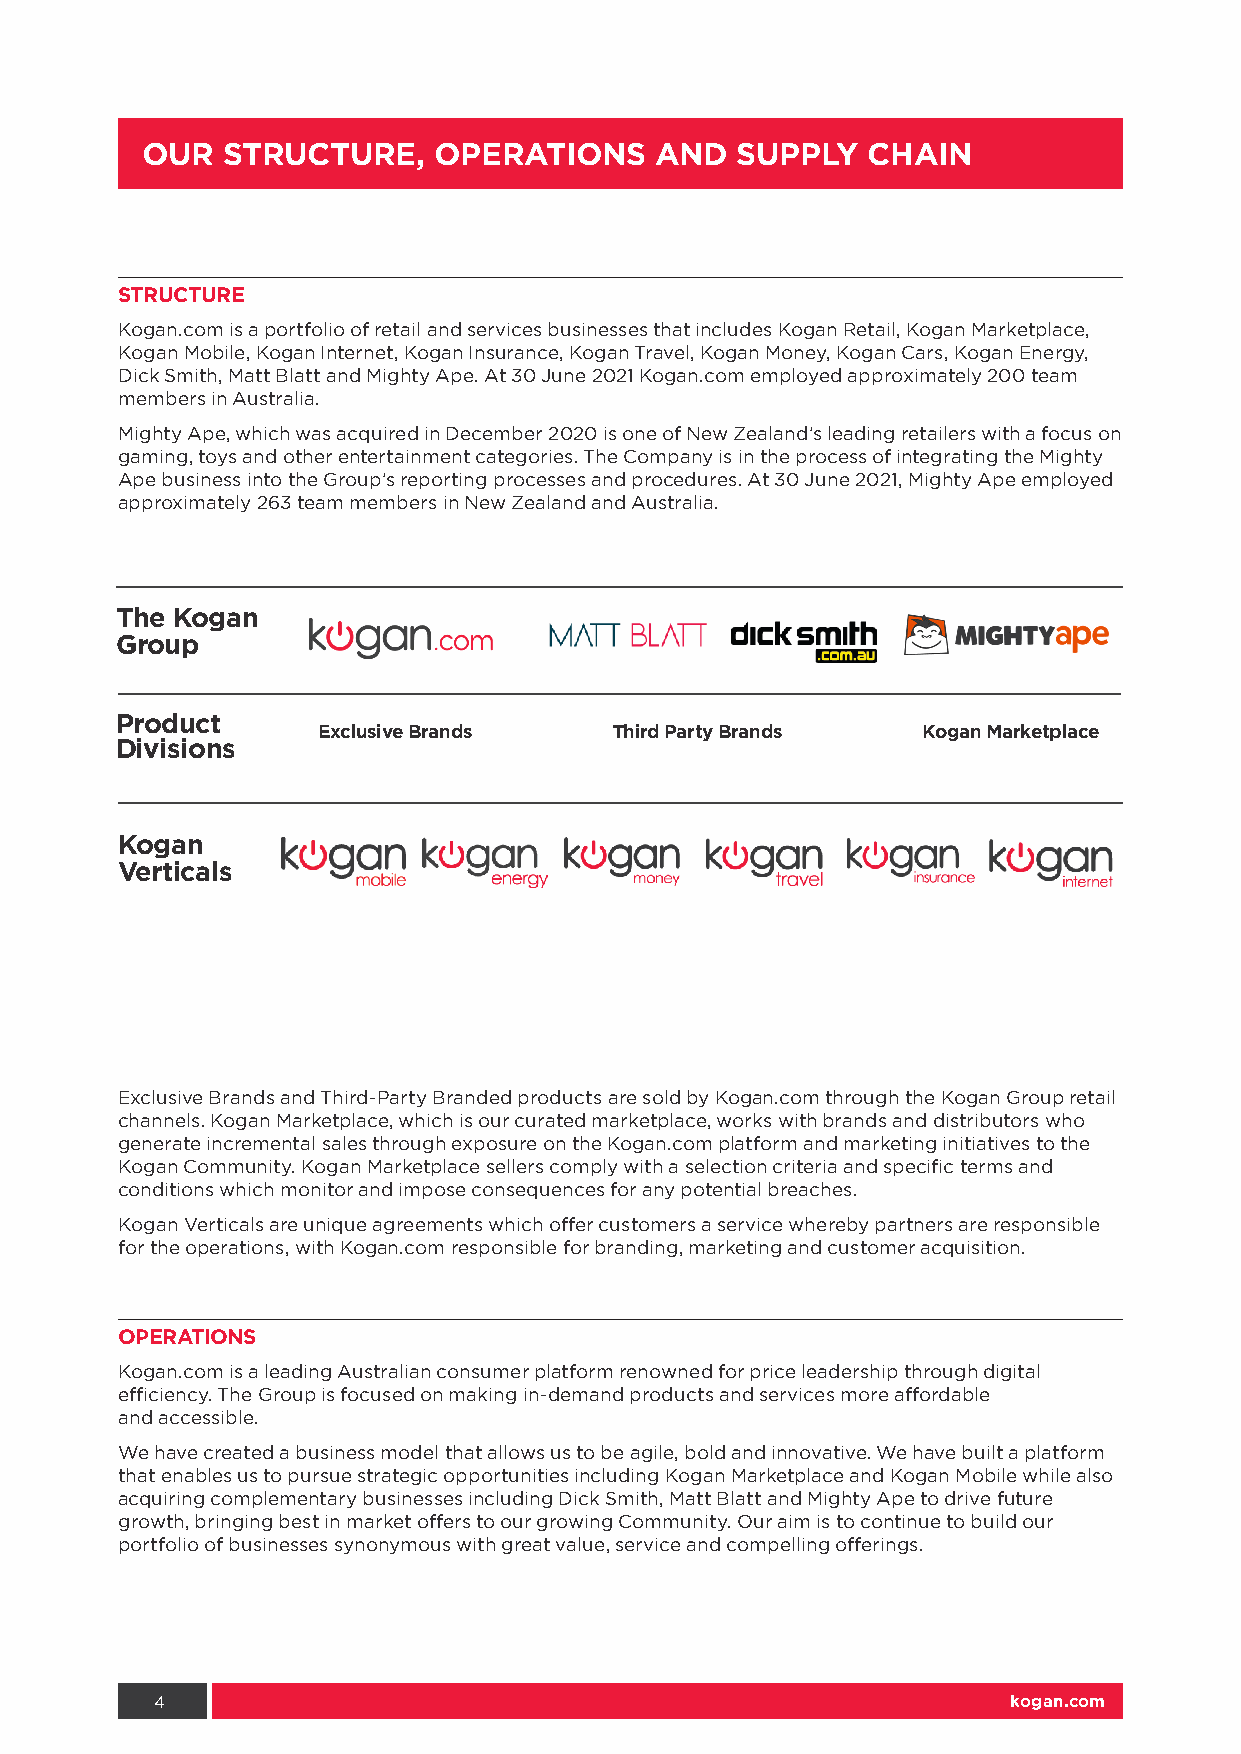
OUR   STRUCTURE,    OPERATIONS    AND   SUPPLY  CHAIN
 STRUCTURE
 Kogan.com is a portfolio of retail and services businesses that includes Kogan Retail, Kogan Marketplace,
 Kogan Mobile, Kogan Internet, Kogan Insurance, Kogan Travel, Kogan Money, Kogan Cars, Kogan Energy,
 Dick Smith, Matt Blatt and Mighty Ape. At 30 June 2021 Kogan.com employed approximately 200 team
 members in Australia.
 Mighty Ape, which was acquired in December 2020 is one of New Zealand’s leading retailers with a focus on
 gaming, toys and other entertainment categories. The Company is in the process of integrating the Mighty
 Ape business into the Group’s reporting processes and procedures. At 30 June 2021, Mighty Ape employed
 approximately 263 team members in New Zealand and Australia.
 The Kogan
 Group
 Product
 Exclusive Brands   Third Party Brands   Kogan Marketplace
 Divisions
 Kogan
 Verticals
 Exclusive Brands and Third-Party Branded products are sold by Kogan.com through the Kogan Group retail
 channels. Kogan Marketplace, which is our curated marketplace, works with brands and distributors who
 generate incremental sales through exposure on the Kogan.com platform and marketing initiatives to the
 Kogan Community. Kogan Marketplace sellers comply with a selection criteria and specific terms and
 conditions which monitor and impose consequences for any potential breaches.
 Kogan Verticals are unique agreements which offer customers a service whereby partners are responsible
 for the operations, with Kogan.com responsible for branding, marketing and customer acquisition.
 OPERATIONS
 Kogan.com is a leading Australian consumer platform renowned for price leadership through digital
 efficiency. The Group is focused on making in-demand products and services more affordable
 and accessible.
 We have created a business model that allows us to be agile, bold and innovative. We have built a platform
 that enables us to pursue strategic opportunities including Kogan Marketplace and Kogan Mobile while also
 acquiring complementary businesses including Dick Smith, Matt Blatt and Mighty Ape to drive future
 growth, bringing best in market offers to our growing Community. Our aim is to continue to build our
 portfolio of businesses synonymous with great value, service and compelling offerings.
 4                                                        kogan.com